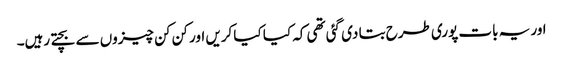
اور یہ بات پوری طرح بتا دی گئی تھی کہ کیا کیا کریں اور کن کن چیزوں سے بچتے رہیں۔